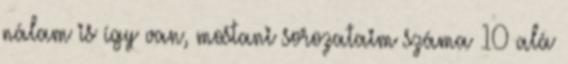
nálam is így van, mostani sorozataim száma 10 alá